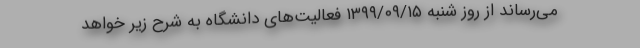
می‌رساند از روز شنبه ۱۳۹۹/۰۹/۱۵ فعالیت‌های دانشگاه به شرح زیر خواهد